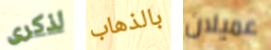
لذكرى بالذهاب عميلان